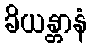
ခိယန္တာနံ